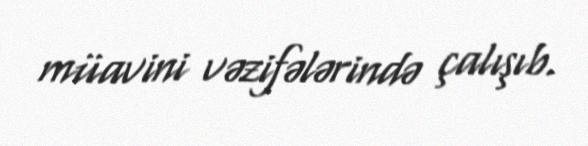
müavini vəzifələrində çalışıb.